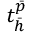
t _ { \bar { h } } ^ { \bar { p } }